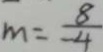
m = \frac { 8 } { - 4 }